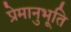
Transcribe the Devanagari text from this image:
प्रेमानुभूति